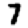
Digit: 7